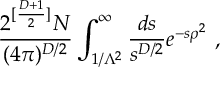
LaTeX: \frac { 2 ^ { [ \frac { D + 1 } { 2 } ] } N } { ( 4 \pi ) ^ { D / 2 } } \int _ { 1 / \Lambda ^ { 2 } } ^ { \infty } \frac { d s } { s ^ { D / 2 } } e ^ { - s \rho ^ { 2 } } ~ ,